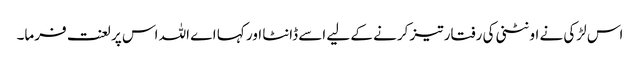
اس لڑکی نے اونٹنی کی رفتار تیز کرنے کے لیے اسے ڈانٹا اور کہا اے اللہ اس پر لعنت فرما۔